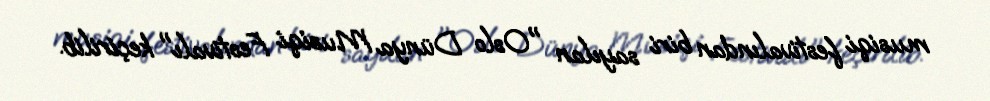
musiqi festivalından biri sayılan "Oslo Dünya Musiqi Festivalı" keçirilib.